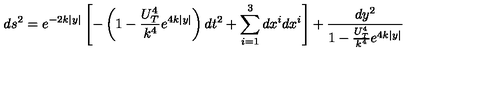
d s ^ { 2 } = e ^ { - 2 k | y | } \left[ - \left( 1 - \frac { U _ { T } ^ { 4 } } { k ^ { 4 } } e ^ { 4 k | y | } \right) d t ^ { 2 } + \sum _ { i = 1 } ^ { 3 } d x ^ { i } d x ^ { i } \right] + \frac { d y ^ { 2 } } { 1 - \frac { U _ { T } ^ { 4 } } { k ^ { 4 } } e ^ { 4 k | y | } }